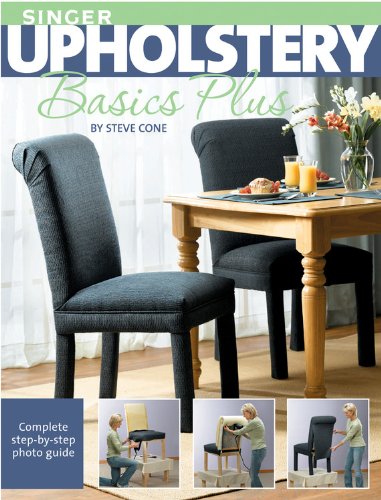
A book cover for Singer Upholstery Basics Plus: Complete Step-by-Step Photo Guide; Steve Cone; Crafts, Hobbies & Home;